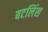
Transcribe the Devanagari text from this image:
बटलिंस